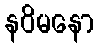
နဝိမနော